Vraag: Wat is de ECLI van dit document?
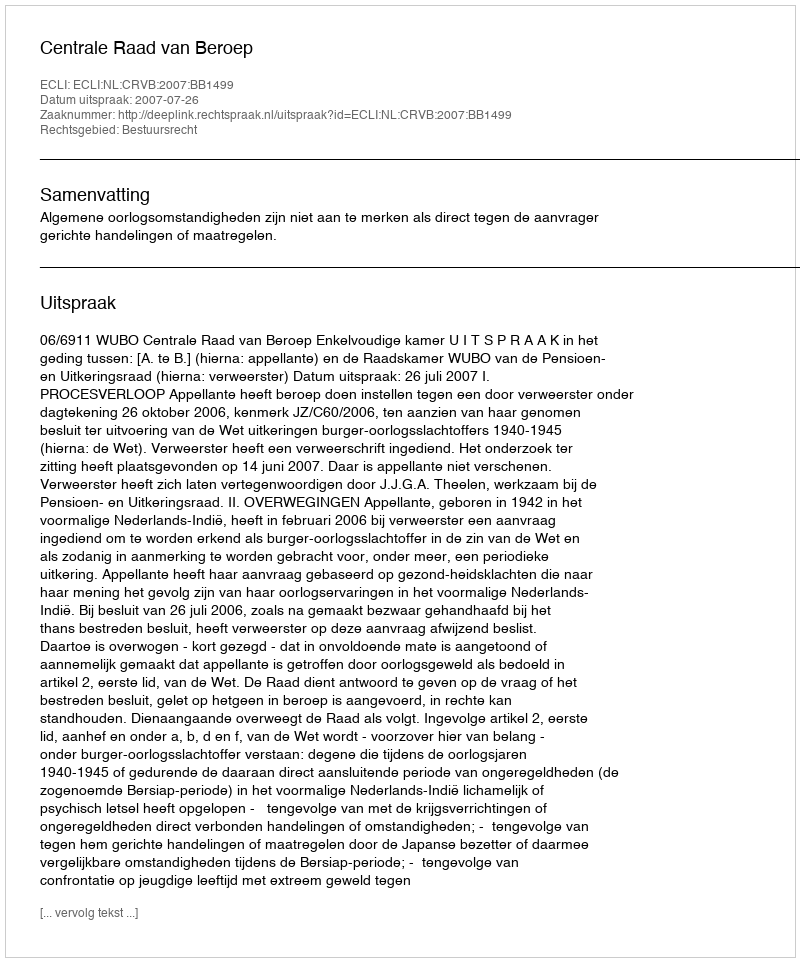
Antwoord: ECLI:NL:CRVB:2007:BB1499